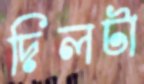
দিলটা